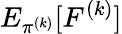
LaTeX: E_{\pi^{(k)}}[F^{(k)}]